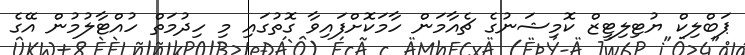
ޕަބްލިކް ޔުޓިލިޓީޒް ކޮމިޝަނުގެ ޗެއާމަން ހާމަކޮށްފައިވާ ގޮތުގައި މި ހިދުމަތް ހުއްޓާލުމުން އޭގެ